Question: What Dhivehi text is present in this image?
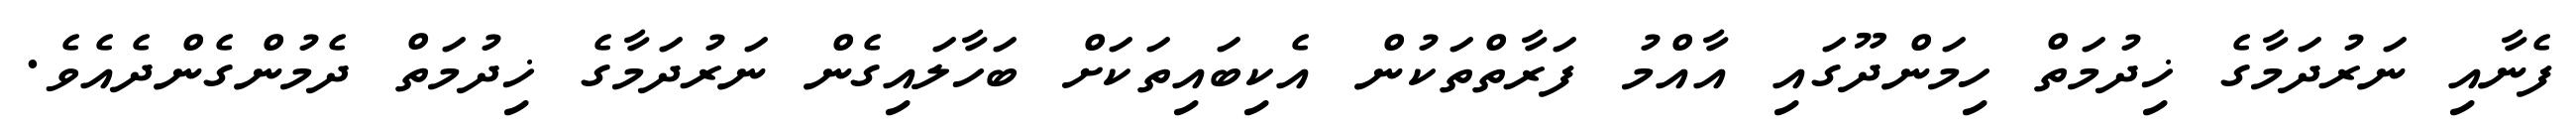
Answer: ފެނާއި ނަރުދަމާގެ ޚިދުމަތް ހިމަންދޫގައި އާއްމު ފަރާތްތަކުން އެކިބައިތަކަށް ބަހާލައިގެން ނަރުދަމާގެ ޚިދުމަތް ދެމުންގެންދެއެވެ.